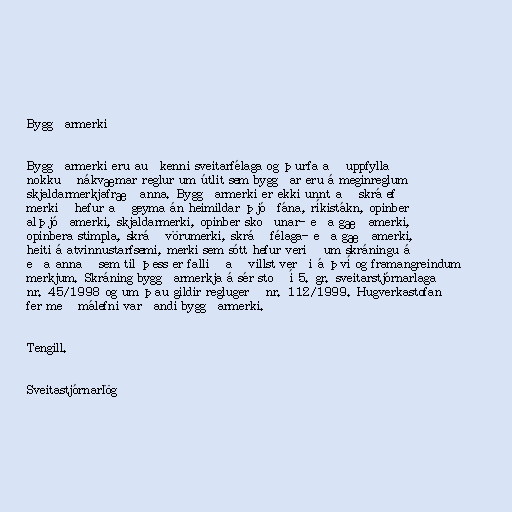
Byggðarmerki

Byggðarmerki eru auðkenni sveitarfélaga og þurfa að uppfylla
nokkuð nákvæmar reglur um útlit sem byggðar eru á meginreglum
skjaldarmerkjafræðanna. Byggðarmerki er ekki unnt að skrá ef
merkið hefur að geyma án heimildar þjóðfána, ríkistákn, opinber
alþjóðamerki, skjaldarmerki, opinber skoðunar- eða gæðamerki,
opinbera stimpla, skráð vörumerki, skráð félaga- eða gæðamerki,
heiti á atvinnustarfsemi, merki sem sótt hefur verið um skráningu á
eða annað sem til þess er fallið að villst verði á því og framangreindum
merkjum. Skráning byggðarmerkja á sér stoð í 5. gr. sveitarstjórnarlaga
nr. 45/1998 og um þau gildir reglugerð nr. 112/1999. Hugverkastofan
fer með málefni varðandi byggðarmerki.

Tengill.

Sveitastjórnarlög